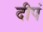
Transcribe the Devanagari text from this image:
दीपं